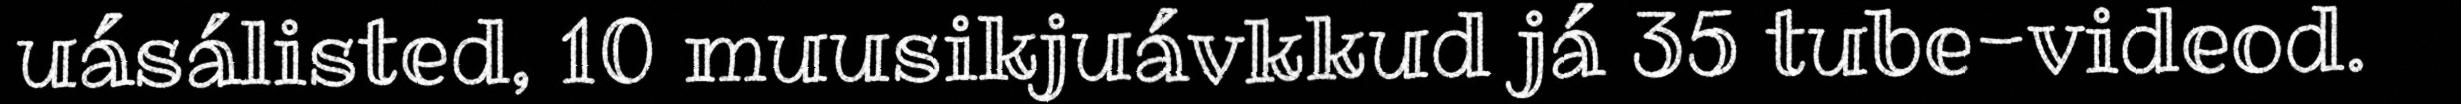
uásálisted, 10 muusikjuávkkud já 35 tube-videod.